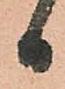
日